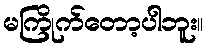
မကြိုက်တော့ပါဘူး။